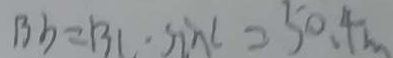
B b = B C \cdot \sin c = 5 0 . 4 m